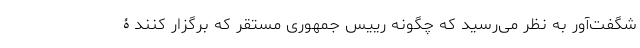
شگفت‌آور به نظر می‌رسید که چگونه رییس جمهوری مستقر که برگزار کنندۀ